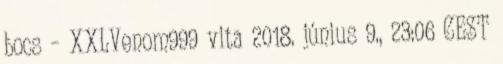
bocs – XXLVenom999 vita 2018. június 9., 23:06 CEST